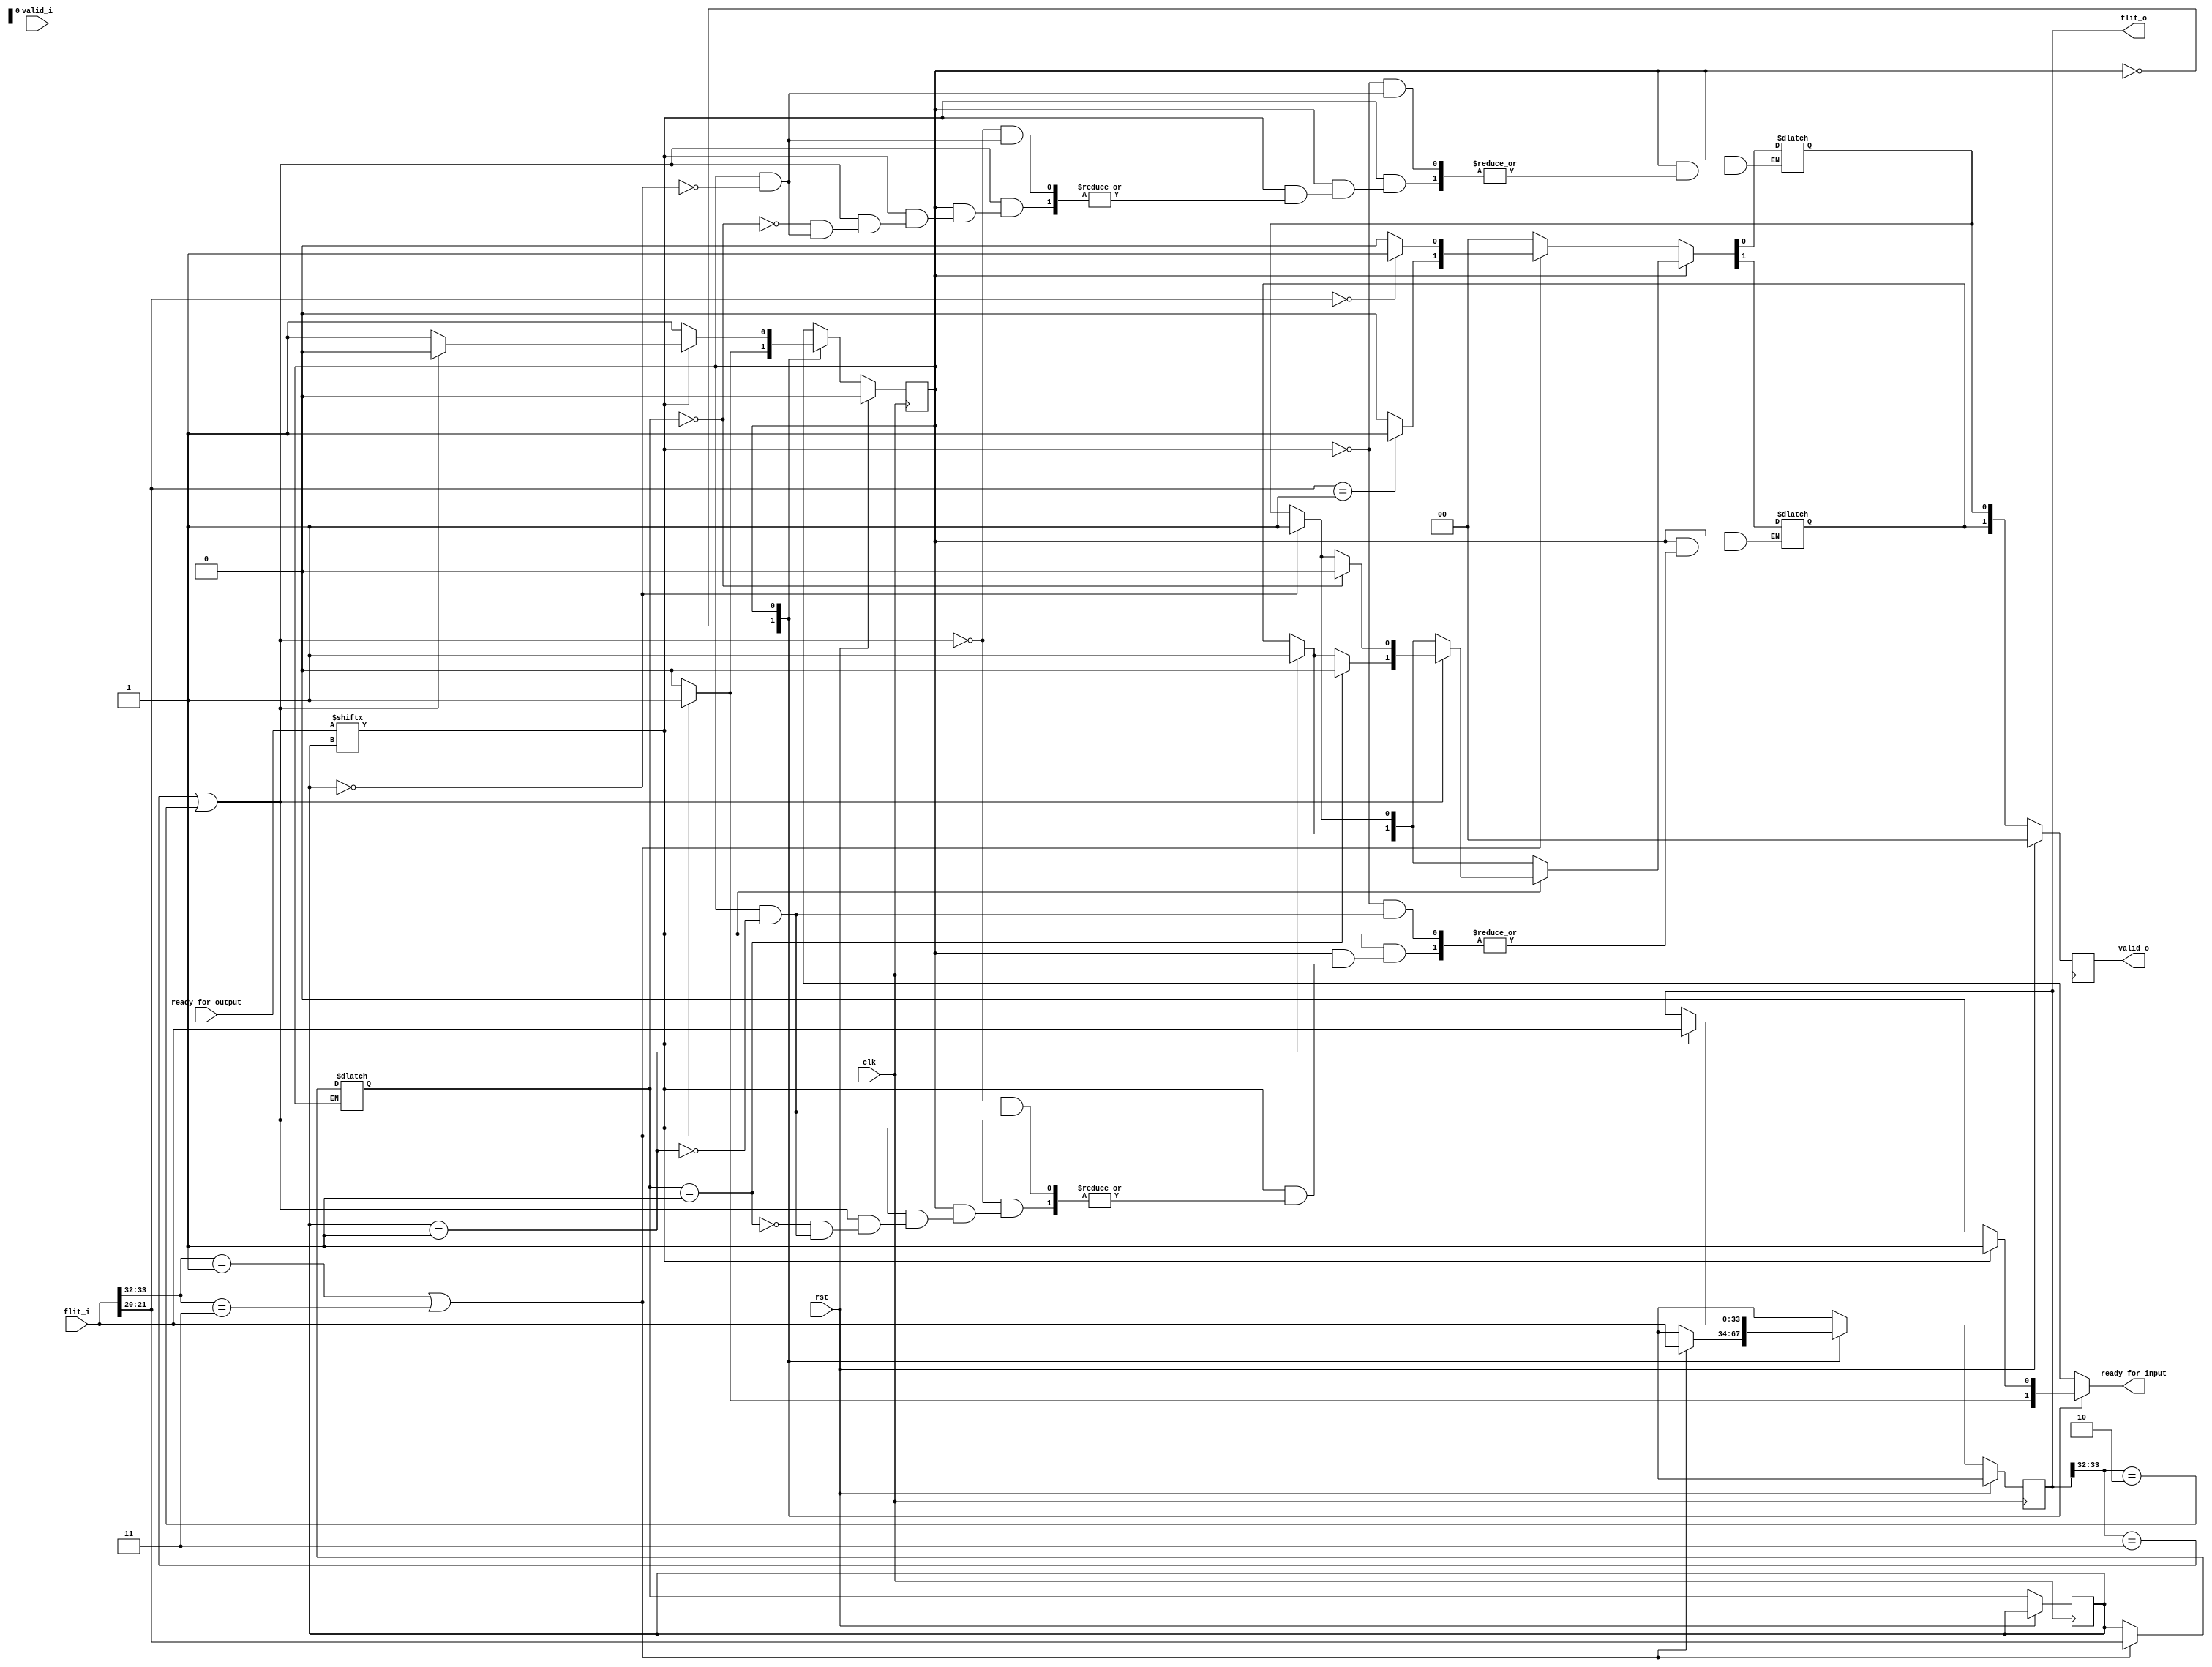
/* Copyright (c) 2015 by the author(s)
 *
 * Permission is hereby granted, free of charge, to any person obtaining a copy
 * of this software and associated documentation files (the "Software"), to deal
 * in the Software without restriction, including without limitation the rights
 * to use, copy, modify, merge, publish, distribute, sublicense, and/or sell
 * copies of the Software, and to permit persons to whom the Software is
 * furnished to do so, subject to the following conditions:
 *
 * The above copyright notice and this permission notice shall be included in
 * all copies or substantial portions of the Software.
 *
 * THE SOFTWARE IS PROVIDED "AS IS", WITHOUT WARRANTY OF ANY KIND, EXPRESS OR
 * IMPLIED, INCLUDING BUT NOT LIMITED TO THE WARRANTIES OF MERCHANTABILITY,
 * FITNESS FOR A PARTICULAR PURPOSE AND NONINFRINGEMENT. IN NO EVENT SHALL THE
 * AUTHORS OR COPYRIGHT HOLDERS BE LIABLE FOR ANY CLAIM, DAMAGES OR OTHER
 * LIABILITY, WHETHER IN AN ACTION OF CONTRACT, TORT OR OTHERWISE, ARISING FROM,
 * OUT OF OR IN CONNECTION WITH THE SOFTWARE OR THE USE OR OTHER DEALINGS IN
 * THE SOFTWARE.
 *
 * =============================================================================
 *
 * This is a deserializer for virtual channels
 *
 * Author(s):
 *   Stefan Wallentowitz <stefan.wallentowitz@tum.de>
 *   Alexandra Weber <sandra.eli.weber@mytum.de>
 */

// TODO: Make more flexible by lookup vector class->vc

module lisnoc_vc_deserializer(
   //output
   flit_o, valid_o, ready_for_input,
   //input
   flit_i, valid_i, ready_for_output,
   clk, rst
   );

   parameter flit_data_width = 32;
   parameter flit_type_width = 2;
   localparam flit_width = flit_data_width + flit_type_width;

   parameter FLIT_TYPE_HEADER = 2'b01;
   parameter FLIT_TYPE_PAYLOAD = 2'b00;
   parameter FLIT_TYPE_LAST = 2'b10;
   parameter FLIT_TYPE_SINGLE = 2'b11;

   // every vchannel gets the packets of one class
   parameter class_msb = 21;
   parameter class_lsb = 20;
   parameter class_width = 2;

   // number of output vchannels
   parameter vchannels = 2;

   input clk;
   input rst;

   // array of readys from the vchannels
   input [vchannels-1:0] ready_for_output;

   // not-full signal from the fifo
   output reg ready_for_input;

   // one vchannel in (serialized)
   input [flit_width-1:0] flit_i;
   input valid_i;

   // n-vchannel out (multiple vchannels)
   output reg [flit_width-1:0] flit_o;
   output reg [vchannels-1:0] valid_o;

   reg [flit_width-1:0] nxt_flit_o;
   reg [vchannels-1:0] nxt_valid_o;

   reg [class_width-1:0] req_vchannel;
   reg [class_width-1:0] nxt_req_vchannel;

   reg state;
   reg nxt_state;


   always @ (*) begin: fsm

      localparam WAITING = 1'b0;
      localparam SENDING = 1'b1;

   case (state)

      WAITING: begin

         nxt_flit_o = 'hx;
         nxt_valid_o = {vchannels{1'b0}};
         ready_for_input = 1'b0;
         if(flit_i[flit_width-1:flit_width-2] == FLIT_TYPE_HEADER ||
            flit_i[flit_width-1:flit_width-2] == FLIT_TYPE_SINGLE) begin
            nxt_req_vchannel = flit_i[class_msb:class_lsb];
            nxt_state = SENDING;
            nxt_flit_o = flit_i;
            ready_for_input = 1'b1;
            nxt_valid_o[nxt_req_vchannel] = 1'b1;
         end else begin
            nxt_req_vchannel = req_vchannel;
            nxt_state = WAITING;
            ready_for_input = 1'b0;
         end
      end


      SENDING: begin : sending
        nxt_flit_o = flit_o;
        nxt_valid_o[req_vchannel] = 1'b1;
        if(ready_for_output[req_vchannel] == 1'b1) begin
               ready_for_input = 1'b1;
               nxt_flit_o = flit_i;
               if(flit_o[flit_width-1:flit_width-2] == FLIT_TYPE_SINGLE ||
                  flit_o[flit_width-1:flit_width-2] == FLIT_TYPE_LAST) begin
                  nxt_state = WAITING;
                  nxt_valid_o[nxt_req_vchannel] = 1'b0;
               end else begin
                  nxt_state = SENDING;
               end
        end else begin
          ready_for_input = 1'b0;
          nxt_state = state;
          nxt_flit_o = flit_o;
       end
      end

   endcase

   end

   always @ (posedge clk) begin
      if(rst == 1'b1) begin
         flit_o = 'hx;
         valid_o = {vchannels{1'b0}};
         state = 1'b0;
      end else begin
         flit_o = nxt_flit_o;
         valid_o = nxt_valid_o;
         req_vchannel = nxt_req_vchannel;
         state = nxt_state;
      end
   end

endmodule